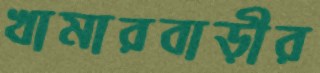
খামারবাড়ীর